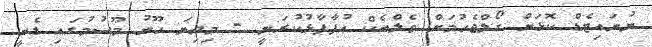
ޔުނައިޓެޑް ކޮޅަށް ގޯލްޖެހުމަށް ވެލްބެކް އުފާފާޅުކުރަނީ - މިދިޔަ ހޫނު މޫސުމުގައި ޑެނީ